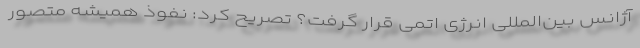
آژانس بین‌المللی انرژی اتمی قرار گرفت؟ تصریح کرد: نفوذ همیشه متصور